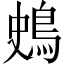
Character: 𪀎